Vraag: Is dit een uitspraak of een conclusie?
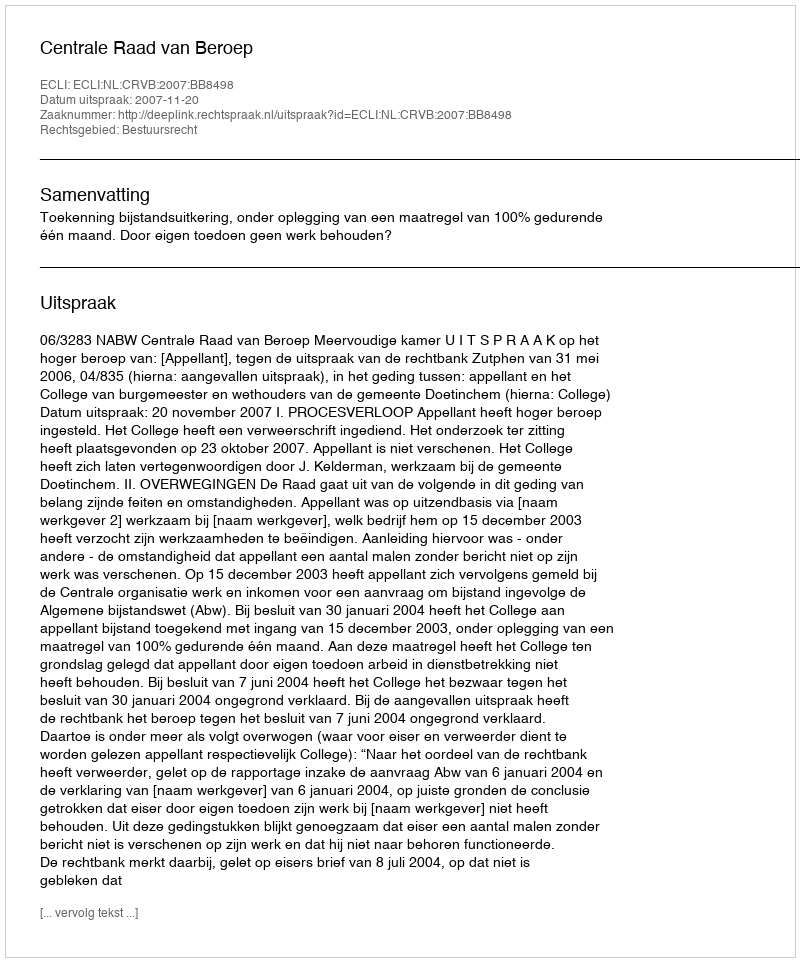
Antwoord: Uitspraak